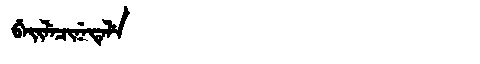
Manchu: ᠪᡝᡳᠯᡝᠴᡳᠨᡝᡨᡝᠯᡝ
Romanization: BEILECINETELE